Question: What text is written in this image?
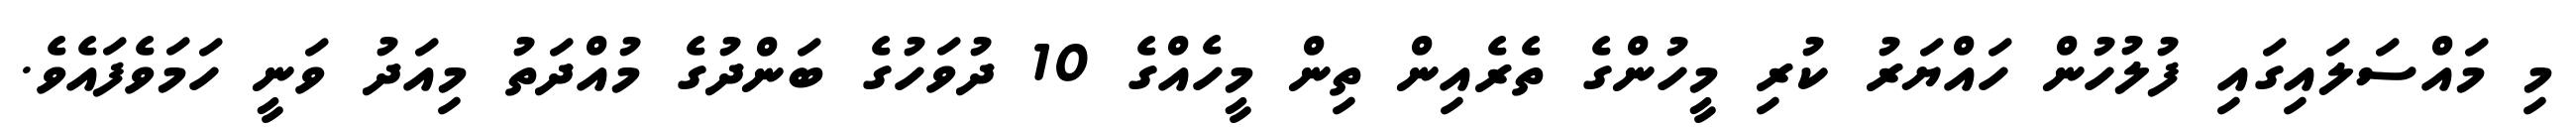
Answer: މި މައްސަލައިގައި ފުލުހުން ހައްޔަރު ކުރި މީހުންގެ ތެރެއިން ތިން މީހެއްގެ 10 ދުވަހުގެ ބަންދުގެ މުއްދަތު މިއަދު ވަނީ ހަމަވެފައެވެ.